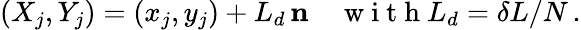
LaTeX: (X_{j},Y_{j})=(x_{j},y_{j})+L_{d}\, {\mathbf{n}}\quad\mathrm{~w~i~t~h~}L_{d}=\delta L/N\, .